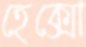
হেক্সো